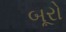
બૂરો